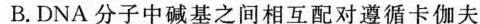
B.DNA分子中碱基之间相互配对遵循卡伽夫